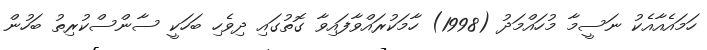
ހަމައެއާއެކު ނަސީމާ މުހައްމަދު (1998) ހާމަކުރައްވާފައިވާ ގޮތުގައި ދިވެހި ބަހަކީ ސާންސްކުރިތު ބަހުން